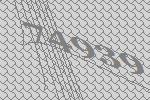
74939